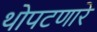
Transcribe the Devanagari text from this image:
थोपटणारे